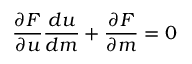
\frac { \partial F } { \partial u } \frac { d u } { d m } + \frac { \partial F } { \partial m } = 0